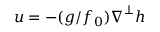
\boldsymbol { u } = - ( g / f _ { 0 } ) \boldsymbol { \nabla } ^ { \perp } h